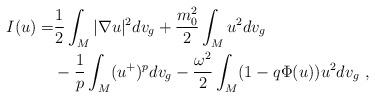
LaTeX: \begin{align*}I(u)=&\frac{1}{2}\int_M |\nabla u|^2 dv_g +\frac{m_0^2}{2}\int_M u^2 dv_g\\ &-\frac{1}{p}\int_M (u^+)^{p} dv_g -\frac{\omega^2}{2}\int_M (1-q\Phi(u))u^2 dv_g~,\end{align*}